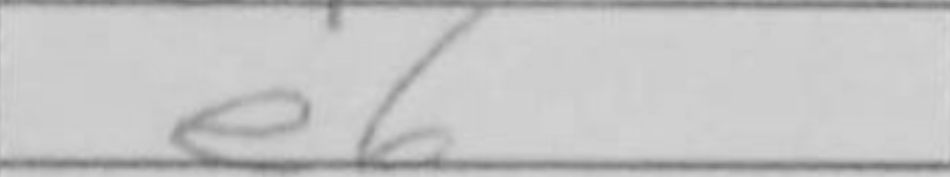
Transcription: e6